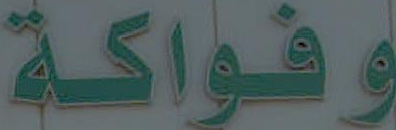
وفواكة